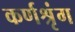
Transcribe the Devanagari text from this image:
कर्णश्रृंग